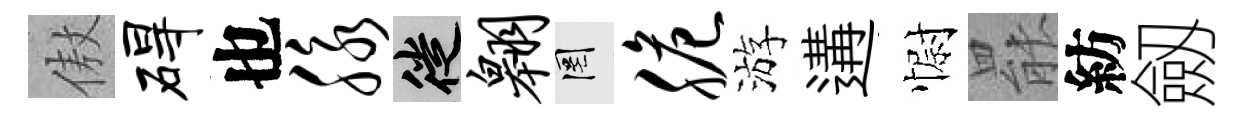
傲碍也脉徙翱罔脆游遘𢠢罷紡劔